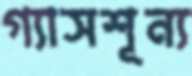
গ্যাসশূন্য